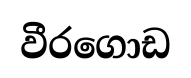
වීරගොඩ